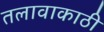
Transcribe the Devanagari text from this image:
तलावाकाठी